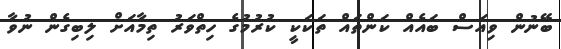
ބޭނުން ވިއަސް ބައެއް ކަންތައް ތަކަކީ ކުރުމުގެ ހިތްވަރު ތިމާއަށް ލިބިގެން ނުވާ